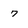
Character: 7